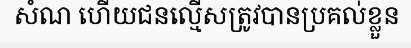
សំណ ហើយជនល្មើសត្រូវបានប្រគល់ខ្លួន